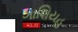
ગાશિયહ